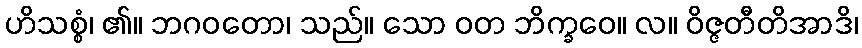
ဟိသစ္စံ၊ ၏။ ဘဂဝတော၊ သည်။ သော ဝတ ဘိက္ခဝေ။ လ။ ဝိဇ္ဇတီတိအာဒိ၊